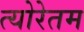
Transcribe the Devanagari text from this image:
त्योरेतम